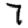
Digit: 7